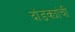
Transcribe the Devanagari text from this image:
दांडक्यांची